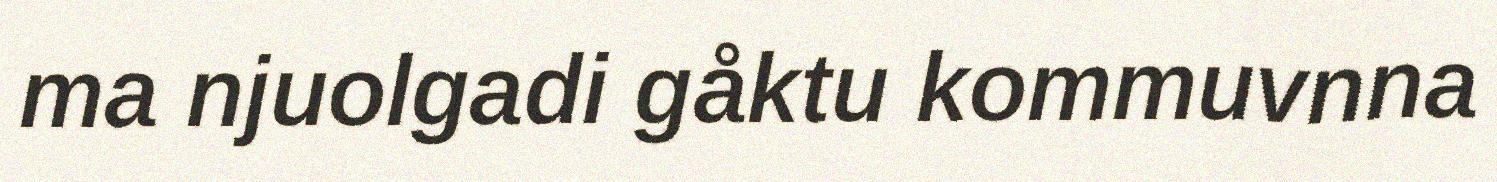
ma njuolgadi gåktu kommuvnna